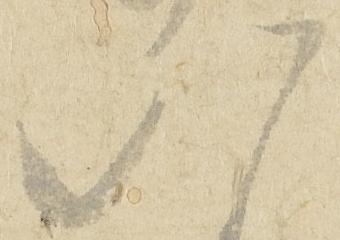
八